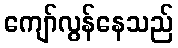
ကျော်လွန်နေသည်